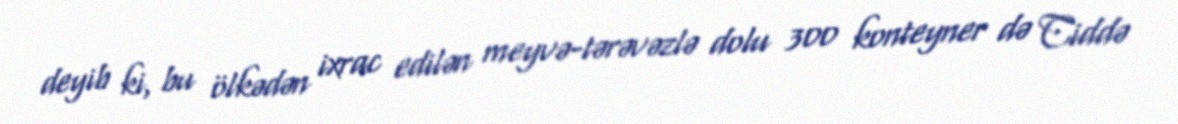
deyib ki, bu ölkədən ixrac edilən meyvə-tərəvəzlə dolu 300 konteyner də Ciddə